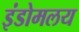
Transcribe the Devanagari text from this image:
इंडोमलय